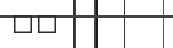
٢٥